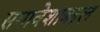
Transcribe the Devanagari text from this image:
समावेशाबद्दल